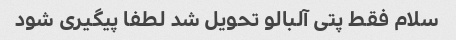
سلام فقط پتی آلبالو تحویل شد لطفا پیگیری شود